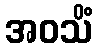
အဝသိံ